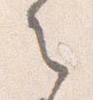
之